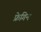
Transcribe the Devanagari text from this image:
फ्रेगिन